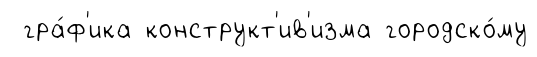
гра́ф'ика конструкт'ив'изма городско́му